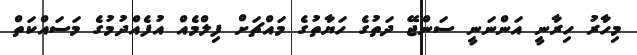
މިހާރު ހިރާނީ އަންނަނީ ސަންޖޭ ދަތުގެ ހަޔާތުގެ މައްޗަށް ފިލްމެއް އުފެއްދުމުގެ މަސައްކަތް